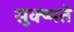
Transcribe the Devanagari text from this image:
सूक्ष्मते